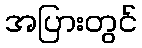
အပြားတွင်